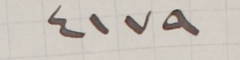
٤١٧٩